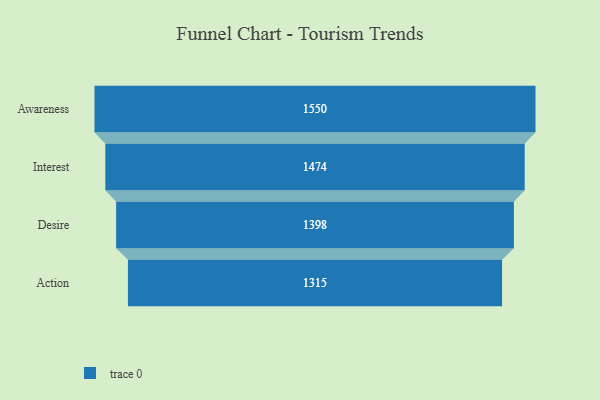
{"axis": {"x": "Stage", "y": "Value"}, "legend": [""], "data": [{"x": "Awareness", "y": 1550.0, "type": ""}, {"x": "Interest", "y": 1474.0, "type": ""}, {"x": "Desire", "y": 1398.0, "type": ""}, {"x": "Action", "y": 1315.0, "type": ""}]}